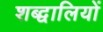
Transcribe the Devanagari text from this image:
शब्द्वालियों